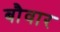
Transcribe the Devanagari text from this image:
बौवार